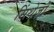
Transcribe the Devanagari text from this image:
सिंथेज़ों